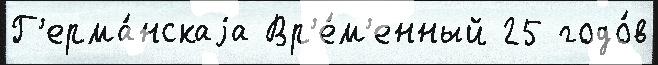
Г'ерма́нскаjа Вр'е́м'енный 25 годо́в